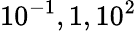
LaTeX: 10^{-1},1,10^{2}